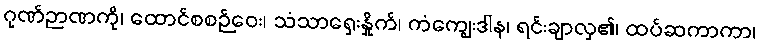
ဂုဏ်ဉာဏကို၊ ထောင်စစဉ်ဝေး၊ သံသာရှေးနှိုက်၊ ကံကျွေးဒါန၊ ရင်းချာလှ၏၊ ထပ်ဆကာကာ၊